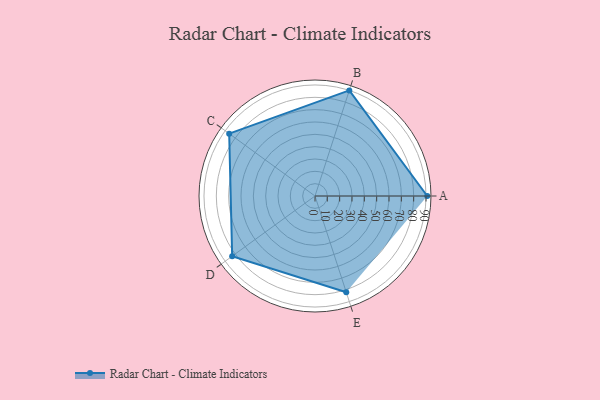
{"axis": {"x": "Skill", "y": "Score"}, "legend": ["Profile"], "data": [{"x": "A", "y": 91.0, "type": "Profile"}, {"x": "B", "y": 90.0, "type": "Profile"}, {"x": "C", "y": 86.0, "type": "Profile"}, {"x": "D", "y": 83.0, "type": "Profile"}, {"x": "E", "y": 82.0, "type": "Profile"}]}